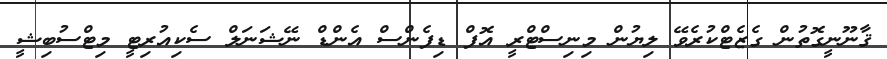
ޤާނޫނީގޮތުން ގެޒެޓްކުރެވޭ ލިޔުން މިނިސްޓްރީ އޮފް ޑިފެންސް އެންޑް ނޭޝަނަލް ސެކިއުރިޓީ މިޓްސުބިޝީ